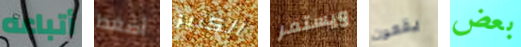
أتباعه أضغط الكثير ويستمر يقعون بعض